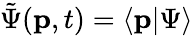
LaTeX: {\tilde{\Psi}}(\mathbf{p},t)=\langle\mathbf{p}\vert\Psi\rangle